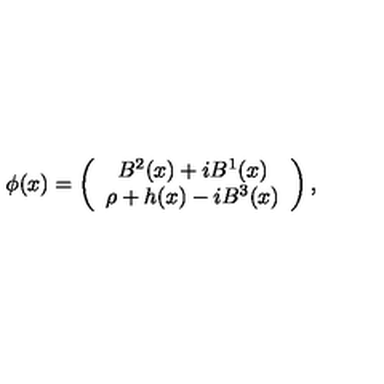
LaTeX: \phi ( x ) = \left( \begin{array} { c } { B ^ { 2 } ( x ) + i B ^ { 1 } ( x ) } \\ { \rho + h ( x ) - i B ^ { 3 } ( x ) } \\ \end{array} \right) ,